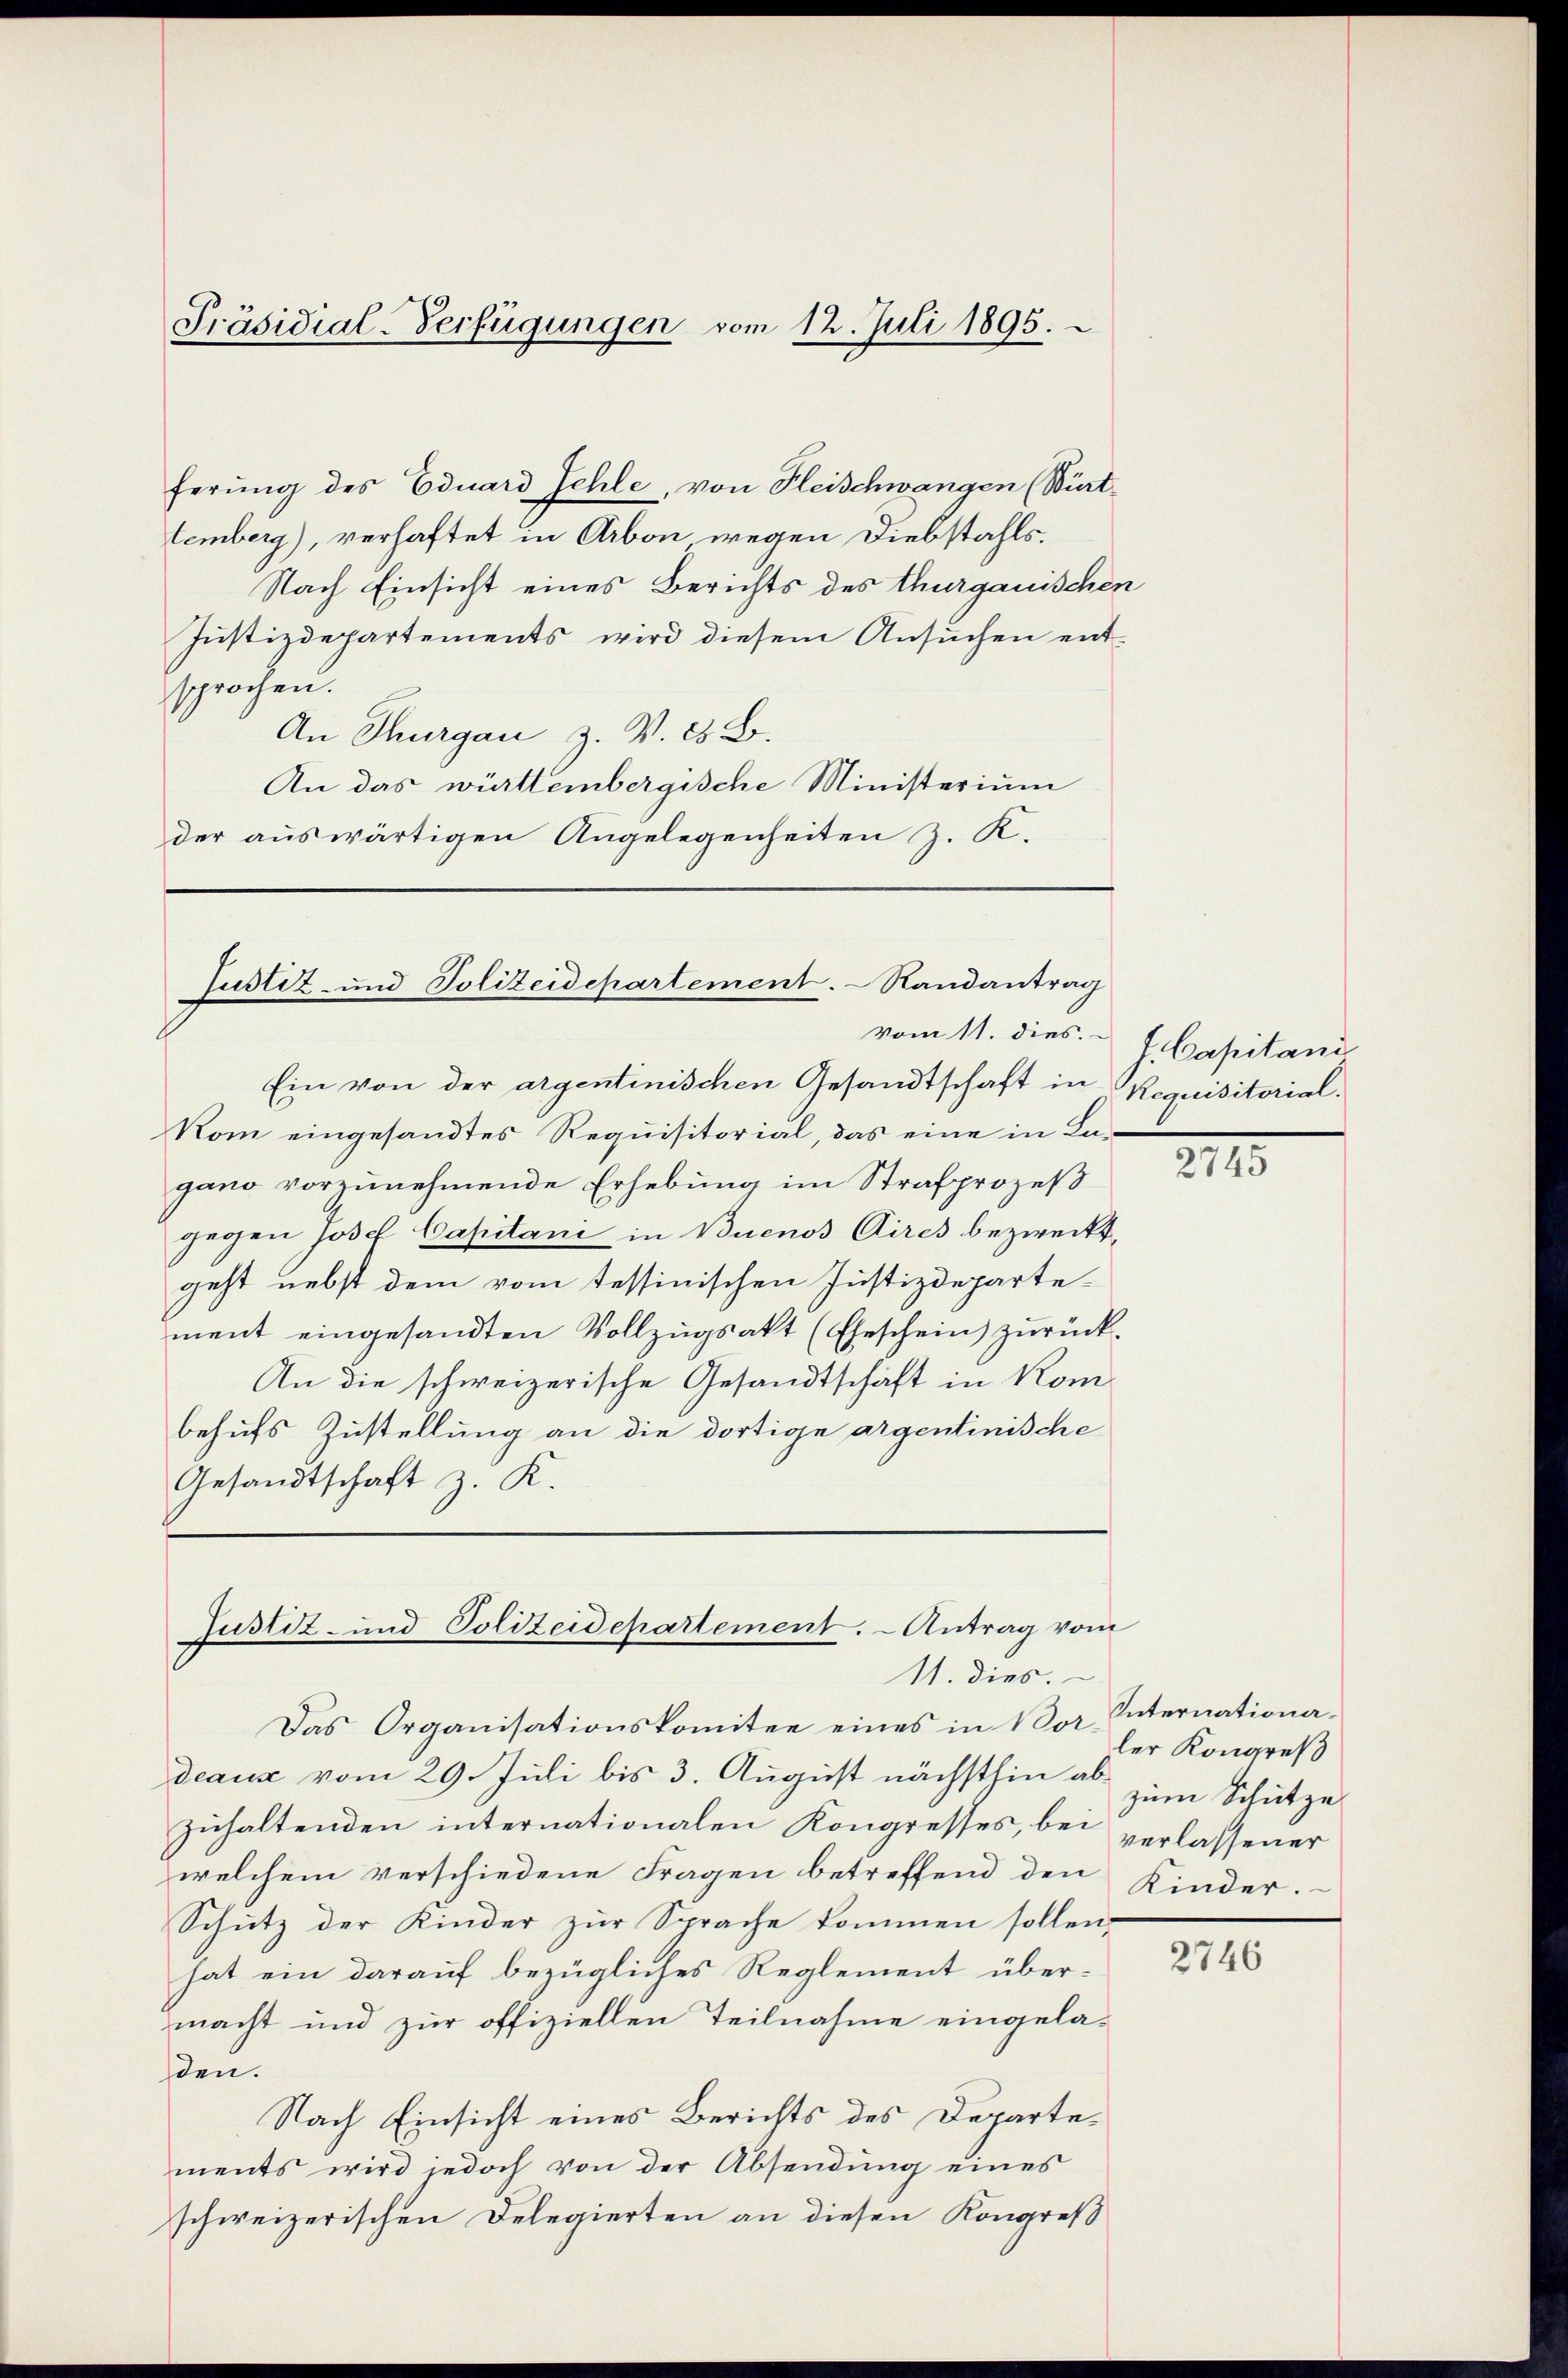
Präsidial-Verfügungen vom 12. Juli 1895.

ferung des Eduard Fehle, von Fleischwangen (Bürttemberg), verhaftet in Arbon wegen Diebstahls¬
Nach Einsicht eines Berichts des thurgauischen
Justizdepartements wird diesem Ansuchen entsprochen.
An Thurgau Z. V. 25 B.
An das württembergische Ministerium
der auswärtigen Angelegenheiten z. K.

Justiz- und Polizeidepartement. - Randantrag
vom 11. dies.

Ein von der argentinischen Gesandtschaft in Requisitorial¬
Kom eingesandtes Requisitorial, das eine in Lagano vorzunehmende Erhebung im Strafprozeß
gegen Josef Capitani in Buenos Aires bezweckt,
geht nebst dem vom tessinischen Justizdepartement eingesandten Vollzugsakt (Eheschein zurück.
An die schweizerische Gesandtschaft in Kombehufs Zustellung an die dortige argentinische
Gesandtschaft z. K.

Justiz- und Polizeidepartement. - Antrag vom
11. dies.

Das Organisationskomitee eines in Vor Internationadeaus vom 29. Juli bis 3. August nächsthin abzuhaltenden internationalen Kongresses, bei verlassener
welchem verschiedene Fragen betreffend den
Schütz der Kinder zŭr Sprache kommen sollen.
hat ein darauf bezügliches Reglement übermacht und zur offiziellen Teilnahme eingeladen.
Nach Einsicht eines Berichts des Departements wird jedoch von der Absendung eines
schweizerischen Delegierten an diesen Kongreß

f. Capitani

XIII

ler Kongreß
zum Schütze
Kinder.

2746